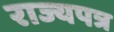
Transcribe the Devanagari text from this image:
राज्यपत्र